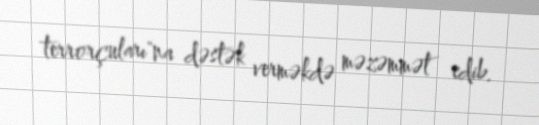
terrorçuları"na dəstək verməkdə məzəmmət edib.